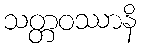
သတ္တဝဿာနိ